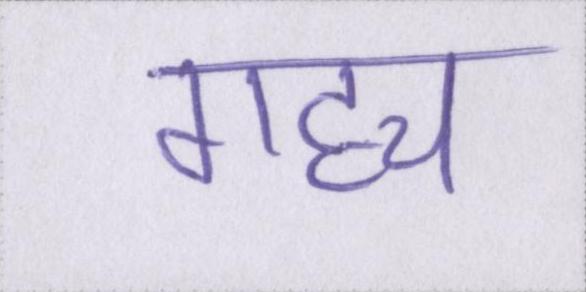
गद्द्य